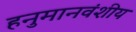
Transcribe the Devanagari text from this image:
हनुमानवंशीय